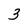
Character: 3